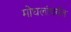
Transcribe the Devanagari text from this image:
मोघलांपर्यंत